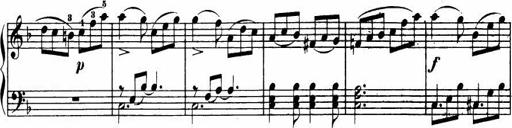
Title: Le bouquetier
Composer: Anton Diabelli
Key: G major
 C major
 F major
 C major